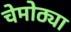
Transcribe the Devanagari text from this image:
चेमोठ्या